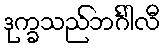
ဒုက္ခသည်ဘင်္ဂါလီ